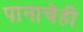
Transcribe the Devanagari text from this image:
पानाचेही